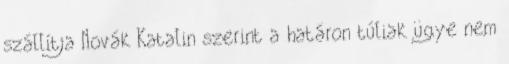
szállítja Novák Katalin szerint a határon túliak ügye nem